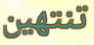
تنتهين